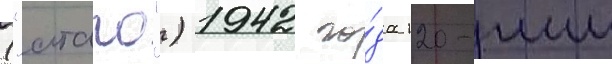
("атаго") 1942 го́да 120-мм